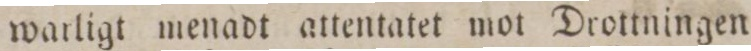
warligt menadt attentatet mot Drottningen